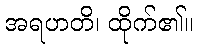
အရဟတိ၊ ထိုက်၏။